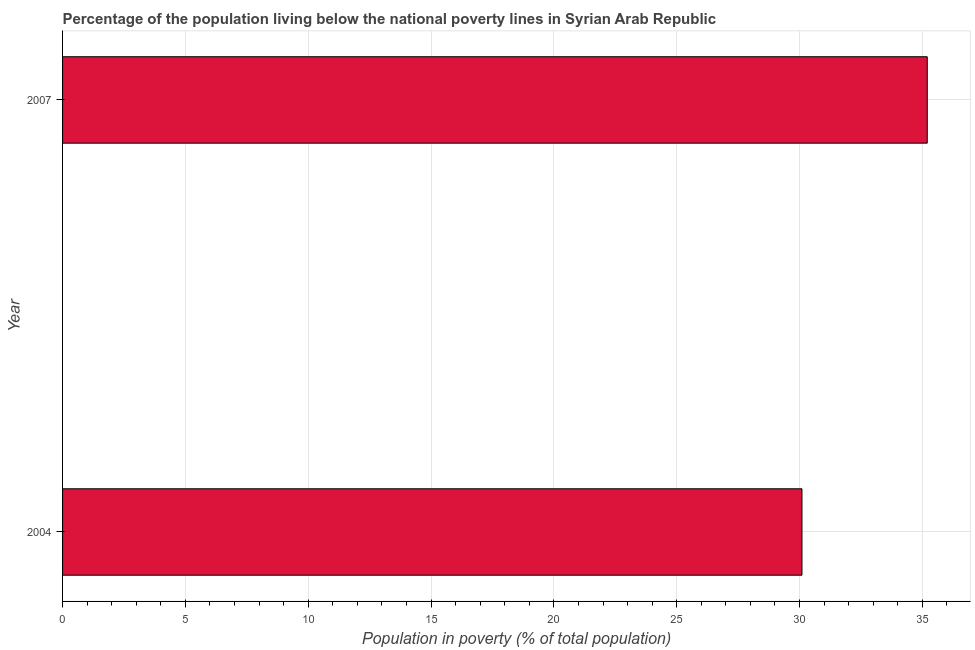
| Year | Poverty headcount ratio |
 | --- | --- |
 | 2004 | 30.1 |
 | 2007 | 35.2 |